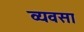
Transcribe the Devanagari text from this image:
व्यवसा